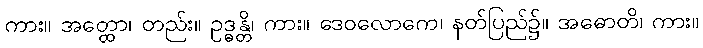
ကား။ အတ္ထော၊ တည်း။ ဥဒ္ဓန္တိ၊ ကား။ ဒေဝလောကေ၊ နတ်ပြည်၌။ အဓောတိ၊ ကား။